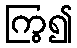
ကြွ၍